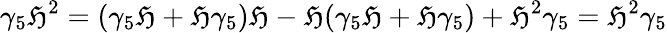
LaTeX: \gamma_{5}\mathfrak{H}^{2}=(\gamma_{5}\mathfrak{H}+\mathfrak{H}\gamma_{5})\mathfrak{H}-\mathfrak{H}(\gamma_{5}\mathfrak{H}+\mathfrak{H}\gamma_{5})+\mathfrak{H}^{2}\gamma_{5}=\mathfrak{H}^{2}\gamma_{5}